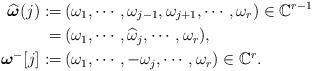
LaTeX: \begin{align*}\widehat{{\boldsymbol{\omega}}}(j):=&\,(\omega _{1},\cdots, \omega _{j-1}, \omega _{j+1},\cdots, \omega _{r})\in \mathbb{C}^{r-1} \\ =&\,(\omega _{1},\cdots,\widehat{\omega}_{j},\cdots, \omega _{r}), \\{\boldsymbol{\omega }}^{-}[j]:=&\,(\omega _{1},\cdots,-\omega _{j},\cdots,\omega _{r})\in \mathbb{C}^{r}. \end{align*}